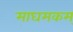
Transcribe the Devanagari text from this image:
माघमकम्